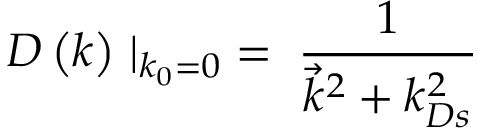
D \left( k \right) \mid _ { k _ { 0 } = 0 } \; = \; { \frac { 1 } { { \vec { k } } ^ { 2 } + k _ { D s } ^ { 2 } } }